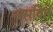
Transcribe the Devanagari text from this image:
बसविते